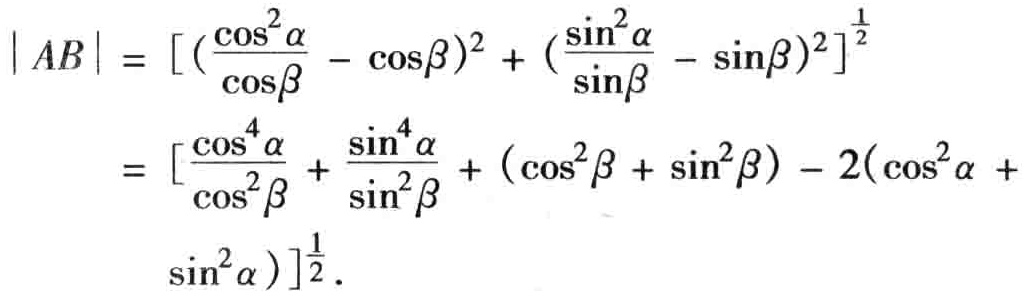
\[
\begin{align*}
|AB|&= \left[\left(\frac{\cos^{2}\alpha}{\cos\beta} - \cos\beta\right)^{2} + \left(\frac{\sin^{2}\alpha}{\sin\beta} - \sin\beta\right)^{2}\right]^{\frac{1}{2}}\\
&= \left[\frac{\cos^{4}\alpha}{\cos^{2}\beta} + \frac{\sin^{4}\alpha}{\sin^{2}\beta} + (\cos^{2}\beta + \sin^{2}\beta) - 2(\cos^{2}\alpha + \sin^{2}\alpha)\right]^{\frac{1}{2}}.
\end{align*}
\]